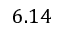
6 . 1 4